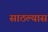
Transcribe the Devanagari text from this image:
साठल्यास